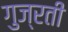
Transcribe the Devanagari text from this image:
गुज्रती